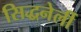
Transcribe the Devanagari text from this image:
सिद्धनेर्ली